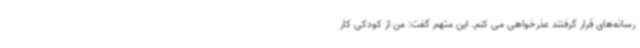
رسانه‌های قرار گرفتند عذرخواهی می کنم. این متهم گفت: من از کودکی کار